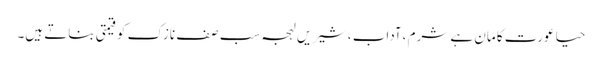
حیا عورت کا مان ہے شرم ،آداب ،شیریں لہجہ سب صف نازک کو قیمتی بناتے ہیں۔